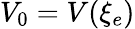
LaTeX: V_{0}=V(\xi_{e})